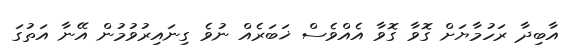
އާބިދާ ރަހުމާޔަށް ގޮވާ ގޮވާ އެއްވެސް ޚަބަރެއް ނުވެ ގިނައިރުވުމުން އޭނާ އަތުގަ